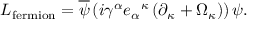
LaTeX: { \cal L } _ { \mathrm { f e r m i o n } } = { \overline { { \psi } } } \left( i \gamma ^ { \alpha } { e _ { \alpha } } ^ { \kappa } \left( \partial _ { \kappa } + \Omega _ { \kappa } \right) \right) \psi .